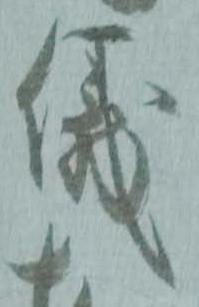
儀